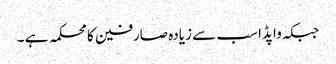
جبکہ واپڈا سب سے زیادہ صارفین کا محکمہ ہے ۔